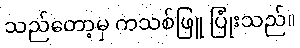
သည်တော့မှ ကသစ်ဖြူ ပြုံးသည်။